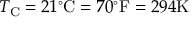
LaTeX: T _ { \mathrm { { C } } } = 2 1 ^ { \circ } { \mathrm { C } } = 7 0 ^ { \circ } { \mathrm { F } } = 2 9 4 { \mathrm { K } }